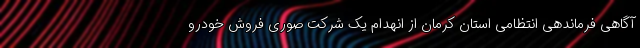
آگاهی فرماندهی انتظامی استان کرمان از انهدام یک شرکت صوری فروش خودرو